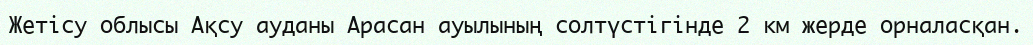
Жетісу облысы Ақсу ауданы Арасан ауылының солтүстігінде 2 км жерде орналасқан.